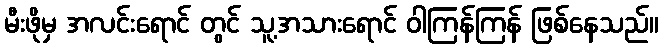
မီးဖိုမှ အလင်းရောင် တွင် သူ့အသားရောင် ဝါကြန်ကြန် ဖြစ်နေသည်။